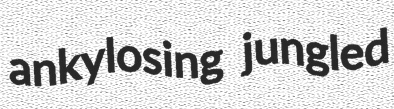
ankylosing jungled